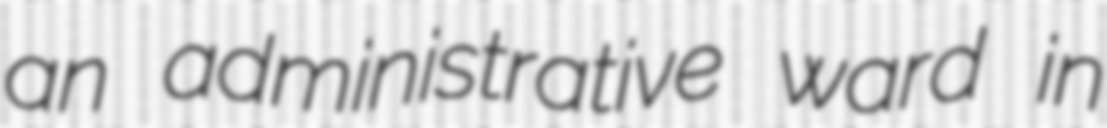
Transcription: an administrative ward in